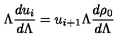
\Lambda \frac { d u _ { i } } { d \Lambda } = u _ { i + 1 } \Lambda \frac { d \rho _ { 0 } } { d \Lambda }